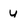
Character: y